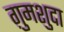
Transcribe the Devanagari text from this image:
ग़ुमशुदा